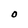
Character: O